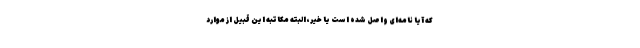
که آیا نامه‌ای واصل شده است یا خیر، البته مکاتبه این قبیل از موارد